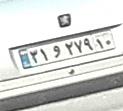
۳۱و۲۷۹۱۰